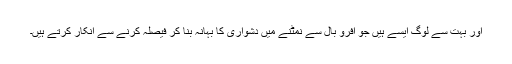
اور بہت سے لوگ ایسے ہیں جو افرو بال سے نمٹنے میں دشواری کا بہانہ بنا کر فیصلہ کرنے سے انکار کرتے ہیں۔